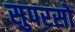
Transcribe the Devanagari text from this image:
सुपरसो